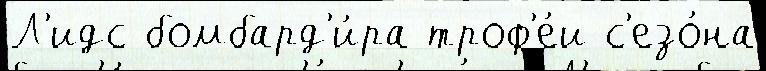
Л'идс бомбард'и́ра троф'е́и с'езо́на